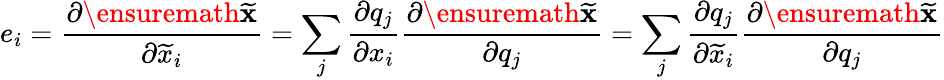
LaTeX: e_{i}=\frac{\partial\ensuremath{{\widetilde{\mathbf{x}}}}}{\partial\widetilde{x}_{i}}=\sum_{j}\frac{\partial q_{j}}{\partial x_{i}}\frac{\partial\ensuremath{{\widetilde{\mathbf{x}}}}}{\partial q_{j}}=\sum_{j}\frac{\partial q_{j}}{\partial\widetilde{x}_{i}}\frac{\partial\ensuremath{{\widetilde{\mathbf{x}}}}}{\partial q_{j}}